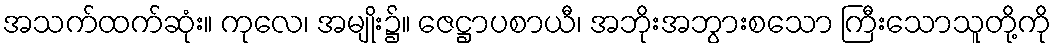
အသက်ထက်ဆုံး။ ကုလေ၊ အမျိုး၌။ ဇေဋ္ဌာပစာယီ၊ အဘိုးအဘွားစသော ကြီးသောသူတို့ကို